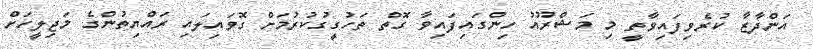
އަންދާޒާ ކުރެވިފައިވާތީ މި މަޝްރޫއު ހިންގައިފައިވާ ގޮތް ތަހުގީގުކުރުމަށް ގޮވައިލައި ރައްޔިތުންގެ މަޖިލީހަށް